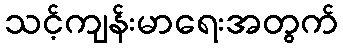
သင့်ကျန်းမာရေးအတွက်